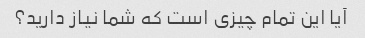
آیا این تمام چیزی است که شما نیاز دارید؟